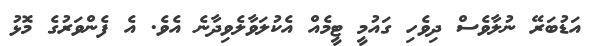
އަޑުބަރޭ ނުލާވެސް ދިވެހި ގައުމީ ޓީމެއް އެކުލަވާލެވިދާނެ އެވެ. އެ ފެންވަރުގެ މޮޅު